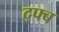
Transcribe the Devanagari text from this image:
द्फ्ब